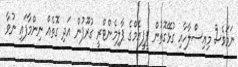
ނަމަވެސް މިއިސްލާހާއި ގުޅޭގޮތުން ޕީޕީއެމްގެ ޕާލިމެންޓްރީ ގުރޫޕުން އަދި ގޮތެއް ނިންމާފައި ނުވާ